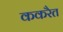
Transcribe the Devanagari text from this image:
ककरैत